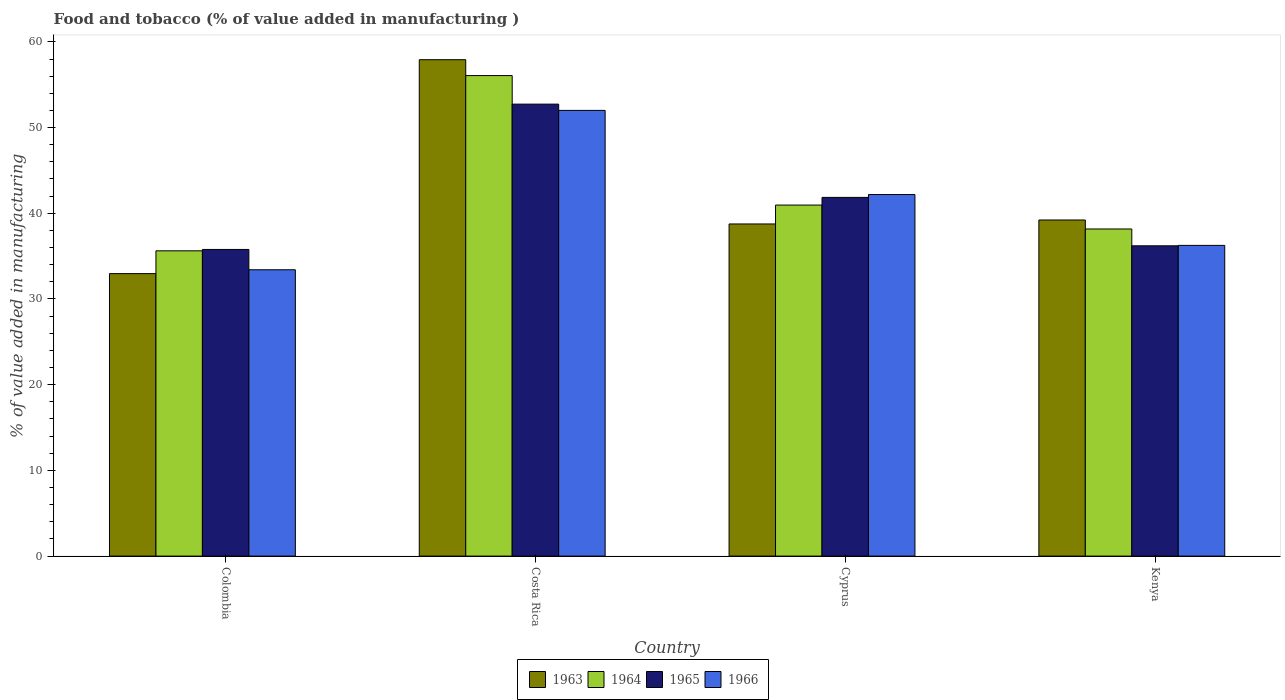
| Country | 1963 | 1964 | 1965 | 1966 |
 | --- | --- | --- | --- | --- |
 | Colombia | 33 | 35.6 | 35.8 | 33.4 |
 | Costa Rica | 57.9 | 56.1 | 52.7 | 52 |
 | Cyprus | 38.8 | 41 | 41.9 | 42.2 |
 | Kenya | 39.2 | 38.2 | 36.2 | 36.3 |